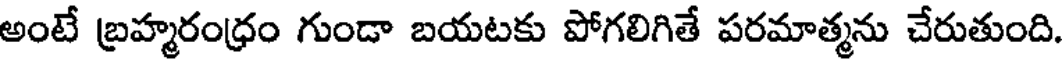
అంటే బ్రహ్మరంధ్రం గుండా బయటకు పోగలిగితే పరమాత్మను చేరుతుంది.